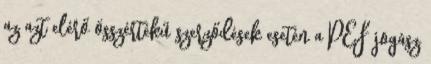
az azt elérő összértékű szerződések esetén a PEF jogász